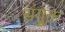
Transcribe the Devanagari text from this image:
संयु्क्त